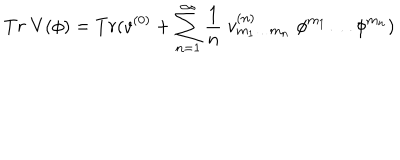
T r \; V ( \phi ) = T r ( v ^ { ( 0 ) } + \sum _ { n = 1 } ^ { \infty } \frac { 1 } { n } \; v _ { m _ { 1 } \ldots m _ { n } } ^ { ( n ) } \; \phi ^ { m _ { 1 } } \ldots \phi ^ { m _ { n } } )